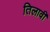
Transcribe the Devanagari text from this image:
तिलावी